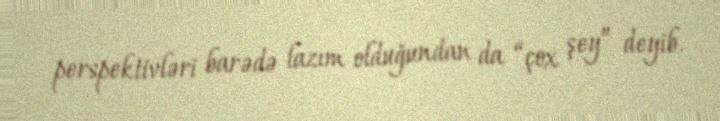
perspektivləri barədə lazım olduğundan da “çox şey” deyib.